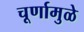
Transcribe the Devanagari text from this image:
चूर्णामुळे